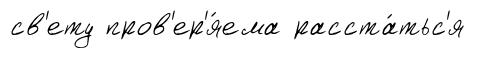
св'ету пров'ер'я́ема расста́тьс'я